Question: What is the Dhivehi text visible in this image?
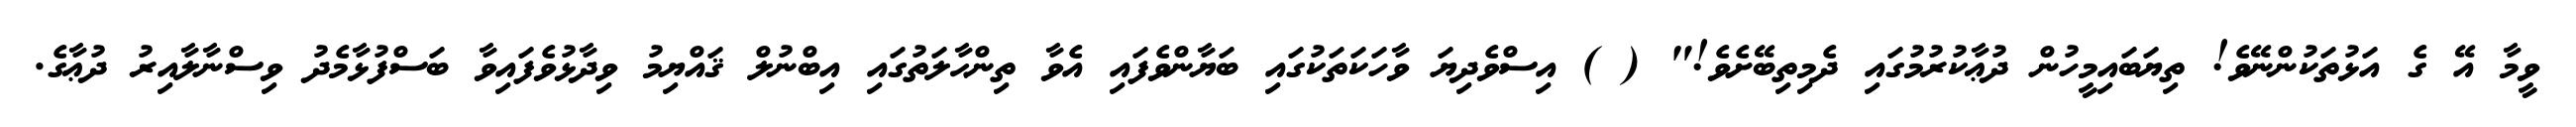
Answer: ވީމާ އޭ ގެ އަޅުތަކުންނޭވެ! ތިޔަބައިމީހުން ދުޢާކުރުމުގައި ދެމިތިބޭށެވެ!" ( ) އިސްވެދިޔަ ވާހަކަތަކުގައި ބަޔާންވެފައި އެވާ ތިންޙާލަތުގައި އިބްނުލް ޤައްޔިމު ވިދާޅުވެފައިވާ ބަސްފުޅާމެދު ވިސްނާލާއިރު ދުޢާގެ.